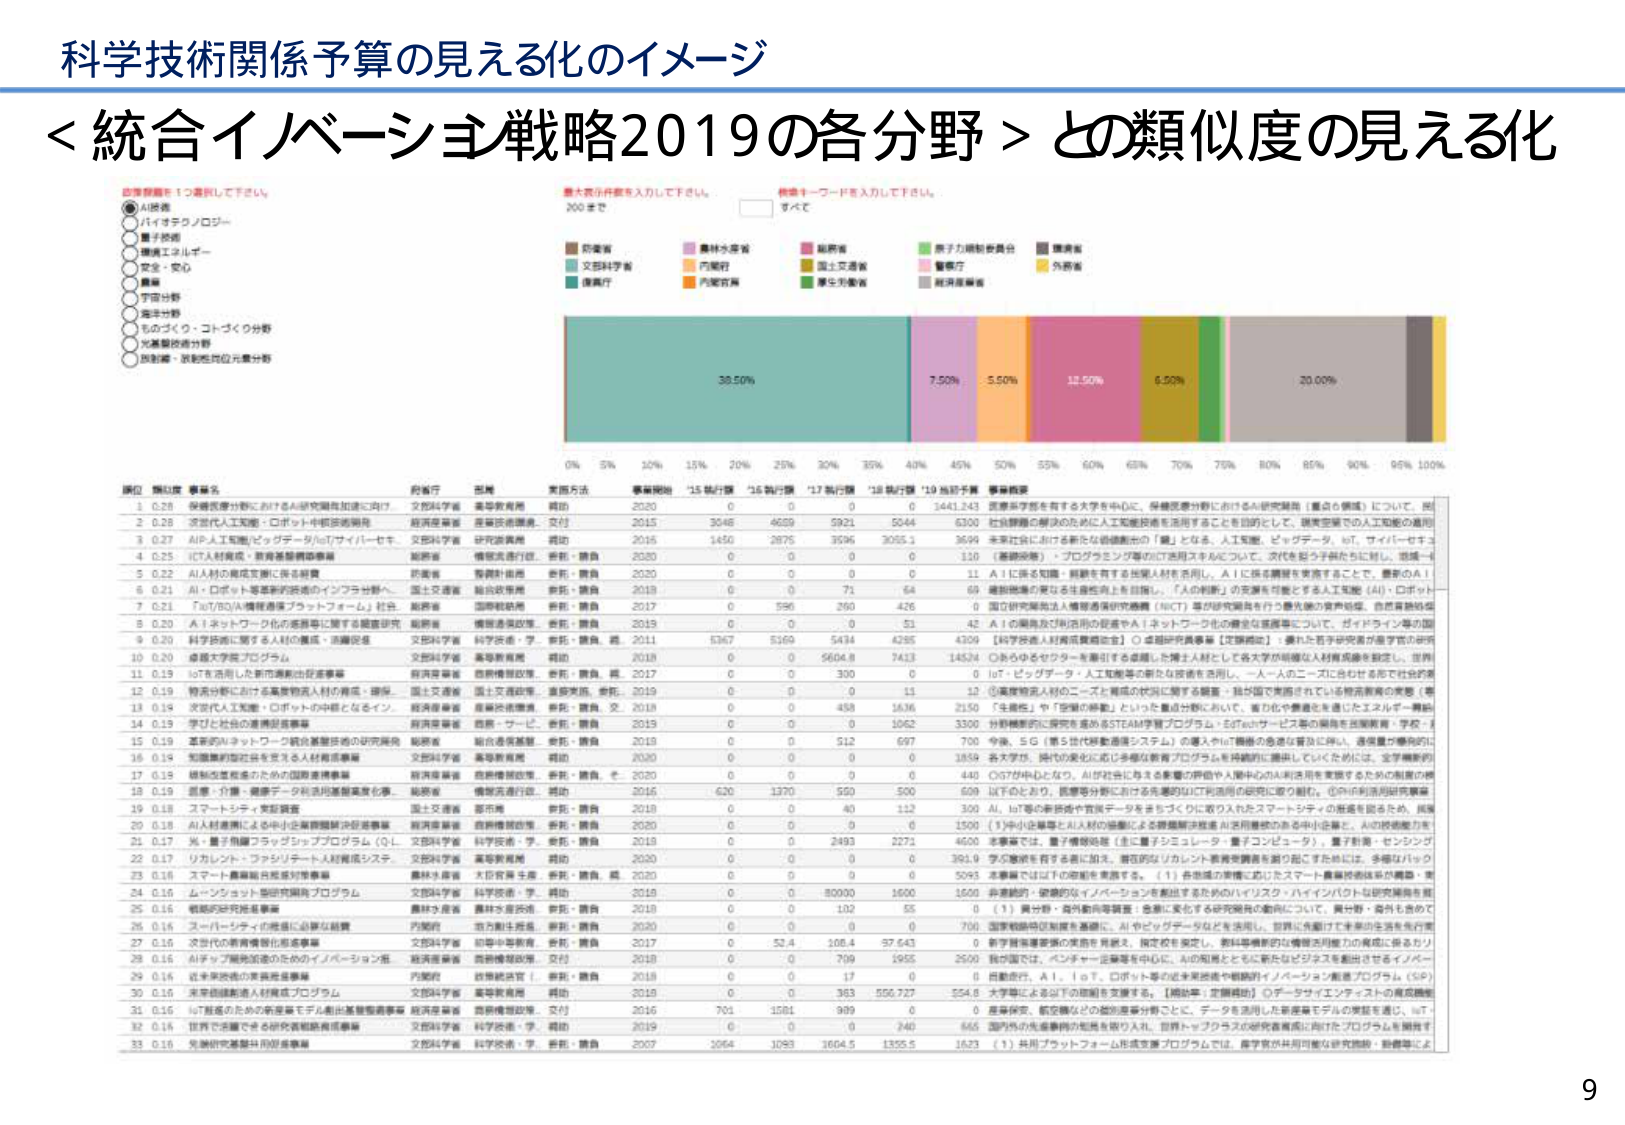
科学技術関係予算の見える化のイメージ
＜統合イノベーション戦略2019の各分野＞との類似度の見える化

■分野選択を1つ選択して下さい。
●AI関連
○バイオテクノロジー
○量子技術
○環境エネルギー
○安全・安心
○農林
○宇宙分野
○海洋分野
○ものづくり・コトづくり分野
○先端製造分野
○放射線・放射性同位元素分野

■最大数行数を入力して下さい。
200まで

■検索キーワードを入力して下さい。
すべて

■色分け
茶色：防衛省
薄紫：農林水産省
ピンク：総務省
緑：原子力規制委員会
灰色：環境省
水色：文部科学省
オレンジ：内閣府
黄緑：国土交通省
薄ピンク：警察庁
黄色：外務省
青緑：復興庁
橙：内閣官房
濃緑：厚生労働省

38.50% 7.50% 5.50% 12.50% 6.50% 20.00%
0% 5% 10% 15% 20% 25% 30% 35% 40% 45% 50% 55% 60% 65% 70% 75% 80% 85% 90% 95% 100%

順位 類似度 事業名 行政庁 型態 実施方法 事業開始 '15執行額 '16執行額 '17執行額 '18執行額 '19当初予算 事業概要
1 0.28 学術振興分野におけるAI研究開発加速に向け 文部科学省 高等教育用 賛助 2020 0 0 0 0 1441.243 医療系学部を有する大学を中心に、保健医療分野におけるAI研究開発（重点6領域）について、既
2 0.26 次世代人工知能・ロボット中核技術開発 経済産業省 産業技術振興、交付 2015 3048 4659 5921 5044 6300 社会課題の解決のために人工知能技術を活用することを目的として、現実世界での人工知能の適用
3 0.27 AI人工知能/ビッグデータ/IoT/サイバーセキ 文部科学省 研究費費用 賛助 2016 1450 2875 3596 3055.1 3699 未来社会における新たな価値創出の「鍵」となる、人工知能、ビッグデータ、IoT、サイバーセキュ
4 0.25 ICT人材育成・教育基盤整備事業 総務省 情報流通行政、委託・請負 2020 0 0 0 0 110 （基盤設備）・プログラミング等のICT活用スキルについて、次代を担う子供たちに対し、地域→
5 0.22 AI人材の育成支援に係る制度 内閣府 教育計画等 委託・請負 2020 0 0 0 0 11 AIに係る知識・経験を有する外国人材を活用し、AIに係る課題を実演することで、優秀のAI人
6 0.21 AI・ロボット等基盤的技術のインフラ分野へ 国土交通省 総合政策等 総合・請負 2018 0 0 71 64 69 建設現場の更なる生産性向上を目指し、「人の判断」の支援を可能とする人工知能（AI）・ロボット
7 0.21 「IoT/BD/AI構想推進プラットフォーム」社会 総務省 国際戦略等 委託・請負 2017 0 596 260 426 0 国立研究開発法人情報通信研究機構（NICT）等が研究開発を行う最先端の資産処理、自然言語処理
8 0.20 AI＋ネットワーク化の産業等に関する調査研究 総務省 情報流通行政、委託・請負 2019 0 0 0 51 42 AIの開発及び利用時の促進やAI＋ネットワーク化の確立を促進について、ガイドライン等の国
9 0.20 科学技術に関する人材の確保・活躍促進 文部科学省 科学技術・学、委託・請負、授 2011 5267 5269 5434 4295 4309 【科学技術人材育成推進法】○卓越研究員事業【支援制度】：優れた若手研究者が進学中の研究
10 0.20 卓越大学院プロジェクト 文部科学省 高等教育用 賛助 2018 0 0 5604.8 7413 14534 ○あらゆるセクターを牽引する卓越した人材として、各大学が卓越した人材育成を推進し、世界
11 0.19 IoTを活用した都市運営の促進事業 経済産業省 経済構造政策、委託・請負、授 2017 0 0 300 0 0 IoT・ビッグデータ・人工知能等の新たな技術を活用し、一人一人のニーズに合わせて街の運
12 0.19 領域分野における高度専門人材の育成・確保 国土交通省 国土交通政策、直接実施、委託 2019 0 0 0 14 12 ①高度専門人材のニーズと育成の状況に関する調査、我が国で実施されている育成施策の実態（専
13 0.19 次世代人工知能・ロボットの中核となるインフ 経済産業省 産業技術振興、委託・請負、交 2018 0 0 458 1636 2150 「生産性」や「医療の革新」といった重点分野において、省力化や最適化を通じたエネルギー無駄
14 0.19 学びと社会の連携促進事業 経済産業省 経済・サービス、委託・請負 2019 0 0 0 1062 3300 科学技術的に探究を進めるSTEM教育プログラム・STEAMサービス等の展開を産業教育・学校・
15 0.19 産業のネットワーク・統合基盤技術の研究開発 総務省 総合通信基盤、委託・請負 2018 0 0 512 697 700 今後、5G（第5世代移動通信システム）の導入やIoT機器の急速な普及に伴い、通信量が爆発的に
16 0.19 知識集約型社会を支える人材育成事業 文部科学省 高等教育用 賛助 2020 0 0 0 0 1859 各大学が、時代の変化に応じる多様な教育プログラムを積極的に展開していただくためには、全学横断的
17 0.19 情報化推進のための国際連携事業 経済産業省 経済構造政策、委託・請負、そ 2020 0 0 0 0 440 CIOが中心になり、AI分野に有する多種の専門や人間中心のAI活用を実現するための制度の構
18 0.19 医療・介護・健康データ利活用基盤高度化事業 総務省 情報流通行政、賛助 2016 620 1370 550 500 609 ICTのための、医療等分野における先進的IoT技術活用の研究に取り組む。①PHI利用活用研究事業
19 0.18 スマートシティ・実証調査 国土交通省 都市用 委託・請負 2018 0 0 40 112 300 AI、IoT等の新技術や官民データをまきごと取り入れたスマートシティの推進を図るため、実施
20 0.18 AI人材基盤による中小企業課題解決促進事業 経済産業省 経済構造政策、委託・請負 2020 0 0 0 0 1500 （1）中小企業等とAI人材の協働による課題解決推進 AI活用基盤のある中小企業と、AIの技術能力を
21 0.17 光・量子情報フラッグシッププログラム（QL 文部科学省 科学技術・学、委託・請負 2018 0 0 2493 2271 4600 本事業では、量子情報処理（主に量子シミュレータ・量子コンピュータ）、量子計測・センシング
22 0.17 リカレント・ファシリティート人材育成システム 文部科学省 高等教育用 賛助 2020 0 0 0 0 391.9 学び継続を有する者に加え、潜在的なリカレント教育実施者を掘り起こすためには、多様なリカレ
23 0.16 スマート農業拠点形成対策事業 農林水産省 大臣官房予算、委託・請負、授 2020 0 0 0 0 5095 本事業では以下の取組を実施する。（1）共通基盤の整備に応じたスマート農業技術体系の構築・実
24 0.16 ムーンショット型研究開発プログラム 文部科学省 科学技術・学、賛助 2018 0 0 50000 1600 1600 非連続的・破壊的なイノベーションを創出するためのハイリスク・ハイインパクトな研究開発を実
25 0.16 戦略的研究推進事業 農林水産省 農林水産技術、委託・請負 2018 0 0 102 55 0 （1）異分野・海外動向等調査：多様に変化する研究開発の動向について、異分野・海外も含めて
26 0.16 スーパーシティの推進に必要な経費 内閣府 市方策計画推進、委託・請負 2020 0 0 0 0 700 国家戦略特区制度を基礎に、AIやビッグデータなどを活用し、世界に先駆けた未来の生活を先の実
27 0.16 次世代の教育構造形成事業 文部科学省 初等中等教育、委託・請負 2017 0 52.4 108.4 37.643 0 若手教育事業等の実施を見直し、限定校を廃止し、教科書機能的な構造的機能力の育成に係るカリ
28 0.16 AIチャレンジ開発加速のためのイノベーション推 経済産業省 経済構造政策、交付 2018 0 0 709 1955 2500 我が国では、ベンチャー企業等を中心に、AIの知能とともに新たなビジネスを創出させるイノベー
29 0.16 産業界連携の育成推進事業 内閣府 経済統括官（、委託・請負 2018 0 0 17 0 0 自動走行、AI、IoT、ロボット等の産業界連携や戦略的イノベーション推進プログラム（SIP）
30 0.16 未来創造創造人材育成プログラム 文部科学省 高等教育用 賛助 2018 0 0 383 550.727 554.8 大学等による以上の取組を支援する。【補助金：定額補助】○データサイエンティストの育成戦略
31 0.16 ICT推進のための産業集積モデル創出基盤整備事業 経済産業省 経済構造政策、交付 2016 701 1581 909 0 0 産業界や、航空機などの航空産業分野ごとに、データを活用した新産業モデルの実証を通じ、IoT
32 0.16 官民で協働できる研究基盤構築事業 文部科学省 科学技術・学、賛助 2019 0 0 0 240 865 国内外の先進事例の集積を取り入れ、世界トップクラスの研究基盤に向けたプログラムを展開す
33 0.16 先端研究基盤共同促進事業 文部科学省 科学技術・学、委託・請負 2007 2664 1093 1604.5 1355.5 1623 （1）共同プラットフォーム形成支援プログラムでは、産学官が共同可能な研究機関・図書等によ

9